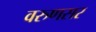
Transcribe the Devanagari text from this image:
वरुणसर